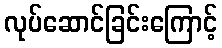
လုပ်ဆောင်ခြင်းကြောင့်